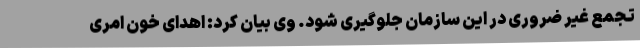
تجمع غیر ضروری در این سازمان جلوگیری شود. وی بیان کرد: اهدای خون امری